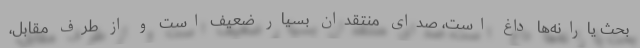
بحث یارانه‌ها داغ است، صدای منتقدان بسیار ضعیف است و از طرف مقابل،